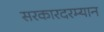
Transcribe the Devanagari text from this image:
सरकारदरम्यान